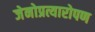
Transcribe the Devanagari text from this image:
जेनोप्रत्यारोपण